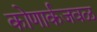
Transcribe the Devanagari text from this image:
कोणार्कजवळ